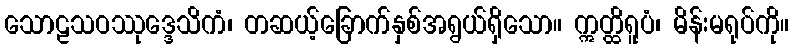
သောဠသဝဿုဒ္ဒေသိကံ၊ တဆယ့်ခြောက်နှစ်အရွယ်ရှိသော။ ဣတ္ထိရူပံ၊ မိန်းမရုပ်ကို။